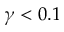
\gamma < 0 . 1